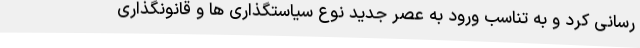
رسانی کرد و به تناسب ورود به عصر جدید نوع سیاستگذاری ها و قانونگذاری